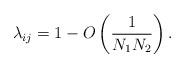
LaTeX: \begin{align*}\lambda_{ij}= 1-O\left(\frac{1}{N_1N_2}\right).\end{align*}